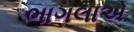
ભાગલાએ